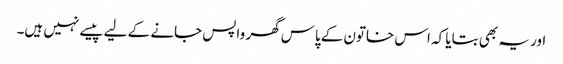
اور یہ بھی بتایا کہ اس خاتون کےپاس گھر واپس جانے کے لیے پیسے نہیں ہیں۔